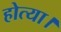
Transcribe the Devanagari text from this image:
होत्या।